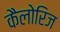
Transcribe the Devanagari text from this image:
कैलोरिज